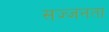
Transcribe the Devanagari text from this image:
सज्‍जनता